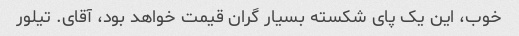
خوب، این یک پای شکسته بسیار گران قیمت خواهد بود، آقای. تیلور